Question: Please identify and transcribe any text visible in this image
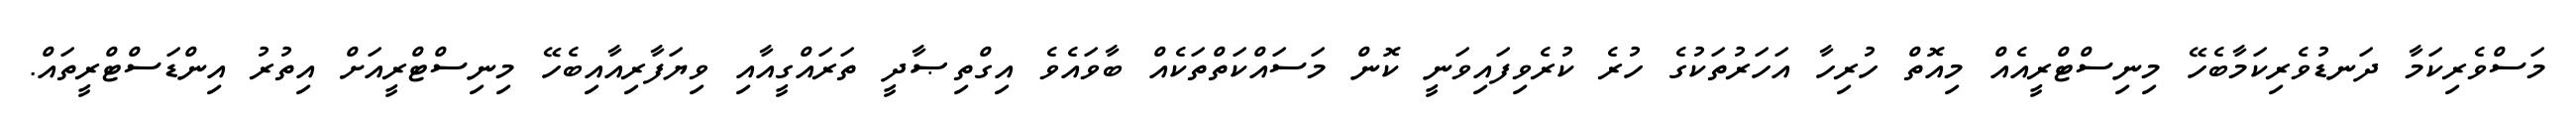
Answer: މަސްވެރިކަމާ ދަނޑުވެރިކަމާބެހޭ މިނިސްޓްރީއެއް މިއޮތް ހުރިހާ އަހަރުތަކުގެ ހުރެ ކުރެވިފައިވަނީ ކޮން މަސައްކަތްތަކެއް ބާވައެވެ އިގްތިޞާދީ ތަރައްގީއާއި ވިޔަފާރިއާއިބެހޭ މިނިސްޓްރީއަށް އިތުރު އިންޑަސްޓްރީތައް.